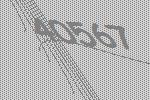
40567